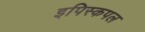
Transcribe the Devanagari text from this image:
इपिस्कपल